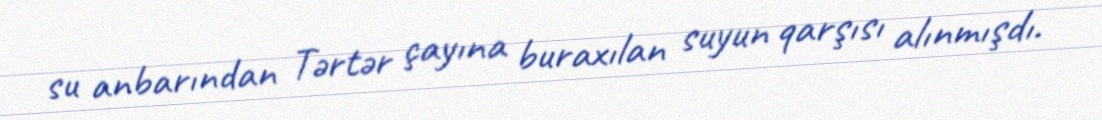
su anbarından Tərtər çayına buraxılan suyun qarşısı alınmışdı.